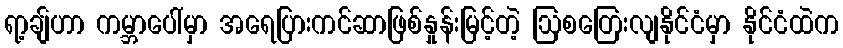
ရာ့ချ်ဟာ ကမ္ဘာပေါ်မှာ အရေပြားကင်ဆာဖြစ်နှုန်းမြင့်တဲ့ ဩစတြေးလျနိုင်ငံမှာ နိုင်ငံထဲက